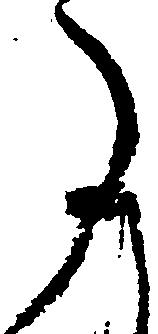
た